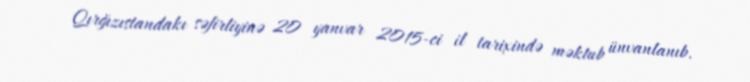
Qırğızıstandakı səfirliyinə 20 yanvar 2015-ci il tarixində məktub ünvanlanıb.